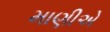
માણીએ